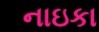
નાઇકા